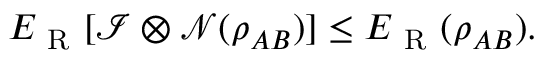
E _ { \mathrm { ~ R ~ } } [ \mathcal { I } \otimes \mathcal { N } ( \rho _ { A B } ) ] \leq E _ { \mathrm { ~ R ~ } } ( \rho _ { A B } ) .